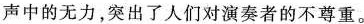
声中的无力，突出了人们对演奏者的不尊重。